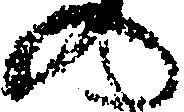
の